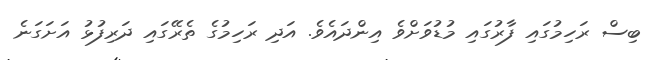
ބިސް ރަހިމުގައި ފާރުގައި މުޑުވަށްވެ އިންދައެވެ. އަދި ރަހިމުގެ ތެރޭގައި ދަރިފުޅު އަށަގަނެ